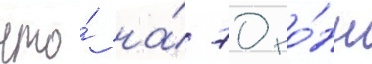
что́ на́ 70 то́нн